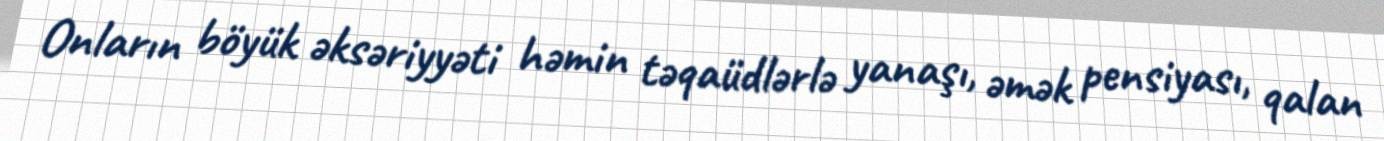
Onların böyük əksəriyyəti həmin təqaüdlərlə yanaşı, əmək pensiyası, qalan